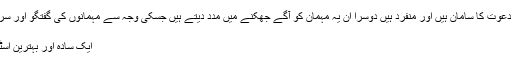
اسٹولز ایک تو بصری دعوت کا سامان ہیں اور منفرد ہیں دوسرا ان یہ مہمان کو آگے جھکنے میں مدد دیتے ہیں جسکی وجہ سے مہمانوں کی گفتگو اور سرونگ آسان ہوجاتی ہے
ایک اور منفرد انداز
ایک سادہ اور بہترین اسٹائل لیکن تھوڑا مختلف۔